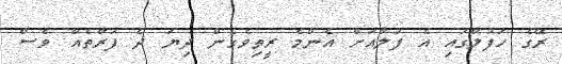
ރޭގެ ހަފުލާގައި އެ ފުލާއަށް އެންމެ ރީތިވެގެން ދިޔަ ދެ ފަރާތެއް ވެސް